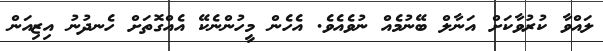
ލައްވާ ކުރުވާކަށް އަނާލް ބޭނުމެއް ނުވެއެވެ. އެހެން މީހުންނެކޭ އެއްގޮތަށް ހެނދުނު އިޒިއަން